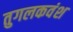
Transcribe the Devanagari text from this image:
तुगलकवंश